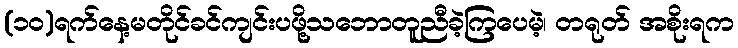
(၁၀)ရက်နေ့မတိုင်ခင်ကျင်းပဖို့သဘောတူညီခဲ့ကြပေမဲ့၊ တရုတ် အစိုးရက